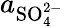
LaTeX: a_{\mathrm{{SO_{4}^{2-}}}}